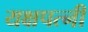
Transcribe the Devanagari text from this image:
यक्षपत्‍नी